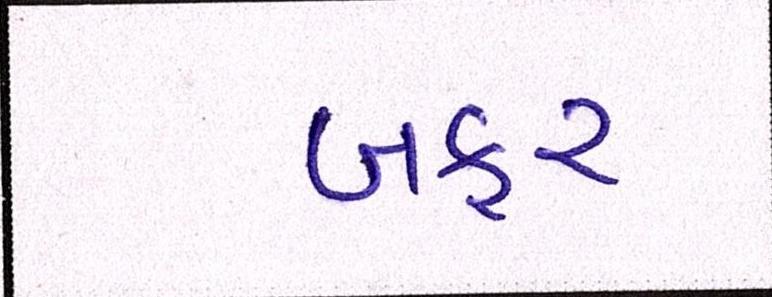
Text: બફર